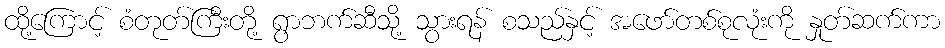
ထို့ကြောင့် စံတုတ်ကြီးတို့ ရွာဘက်ဆီသို့ သွားရန် စသည်နှင့် အဖော်တစ်စုလုံးကို နှုတ်ဆက်ကာ